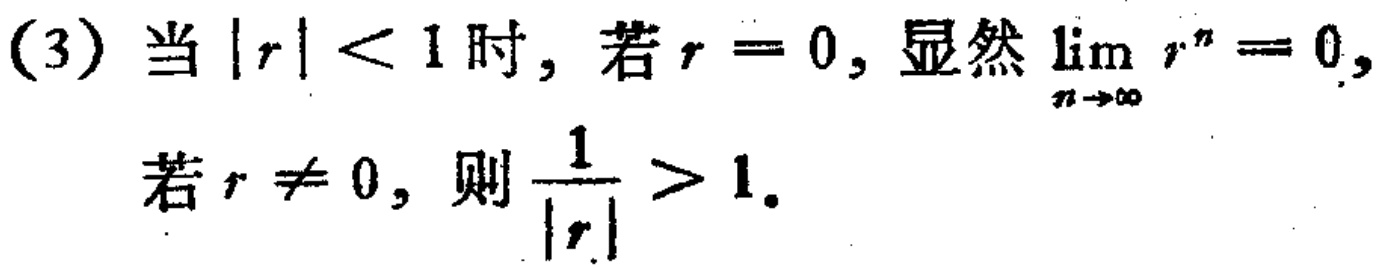
(3) 当\(\vert r\vert < 1\)时，若\(r = 0\)，显然\(\lim_{n\rightarrow\infty} r^{n}=0\)，
若\(r\neq 0\)，则\(\frac{1}{\vert r\vert}>1\)。